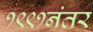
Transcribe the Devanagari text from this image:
१९९१नंतर